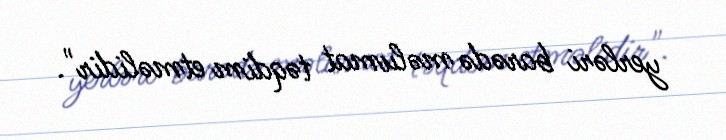
yerləri barədə məlumat təqdim etməlidir".